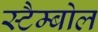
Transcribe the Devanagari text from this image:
स्टैम्बोल